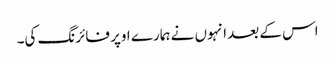
اس کے بعد انہوں نے ہمارے اوپر فائرنگ کی۔